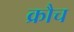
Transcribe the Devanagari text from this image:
क्रौच